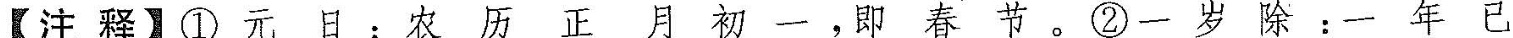
【注释】①元日：农历正月初一，即春节。②一岁除 :一 年已